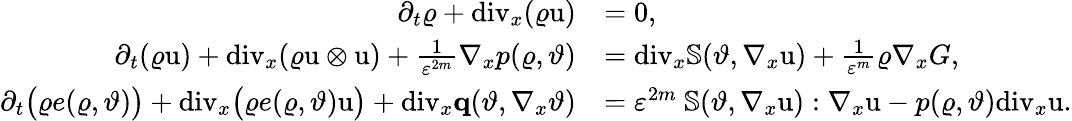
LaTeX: \begin{array}{rl}{\partial_{t}\varrho+\mathrm{div}_{x}(\varrho\textbf{\textup{u}})}&{=0,}\\ {\partial_{t}(\varrho\textbf{\textup{u}})+\mathrm{div}_{x}(\varrho\textbf{\textup{u}}\otimes\textbf{\textup{u}})+\frac{1}{\varepsilon^{2m}}\nabla_{x}p(\varrho,\vartheta)}&{=\mathrm{div}_{x}\mathbb{S}(\vartheta,\nabla_{x}\textbf{\textup{u}})+\frac{1}{\varepsilon^{m}}\varrho\nabla_{x}G,}\\ {\partial_{t}\big(\varrho e(\varrho,\vartheta)\big)+\mathrm{div}_{x}\big(\varrho e(\varrho,\vartheta)\textbf{\textup{u}}\big)+\mathrm{div}_{x}\textbf{q}(\vartheta,\nabla_{x}\vartheta)}&{=\varepsilon^{2m}\ \mathbb{S}(\vartheta,\nabla_{x}\textbf{\textup{u}}):\nabla_{x}\textbf{\textup{u}}-p(\varrho,\vartheta)\mathrm{div}_{x}\textbf{\textup{u}}.}\end{array}